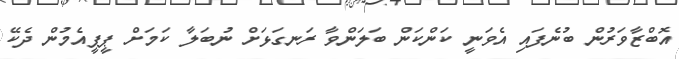
އޮބްޒާވަރުން ބުނެފައި އެވަނީ ކަންކަން ބަލަންވާ ރަނގަޅަށް ނުބަލާ ކަމަށް ޕީޕީއެމުން ދެކޭ